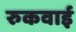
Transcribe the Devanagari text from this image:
रुकवाई